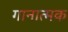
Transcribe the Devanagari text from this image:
गानात्मक